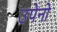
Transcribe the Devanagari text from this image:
उपेनो